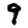
Digit: 9